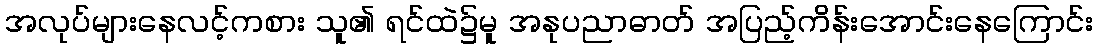
အလုပ်များနေလင့်ကစား သူ၏ ရင်ထဲ၌မူ အနုပညာဓာတ် အပြည့်ကိန်းအောင်းနေကြောင်း